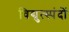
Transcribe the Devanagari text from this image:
विद्युत्स्पंदों